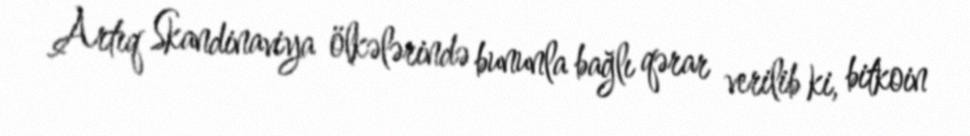
Artıq Skandinaviya ölkələrində bununla bağlı qərar verilib ki, bitkoin